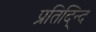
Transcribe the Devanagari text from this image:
प्रतिद्न्दि